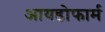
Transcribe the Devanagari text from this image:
आयडोफार्म